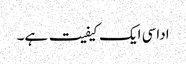
اداسی ایک کیفیت ہے۔